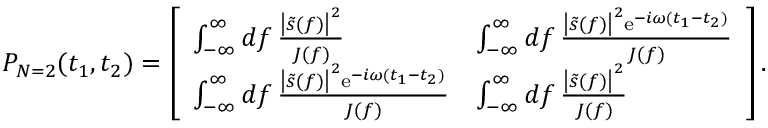
P _ { N = 2 } ( t _ { 1 } , t _ { 2 } ) = \left[ \begin{array} { l l } { \int _ { - \infty } ^ { \infty } \mathop { d f } \frac { \left| \tilde { s } ( f ) \right| ^ { 2 } } { J ( f ) } } & { \int _ { - \infty } ^ { \infty } \mathop { d f } \frac { \left| \tilde { s } ( f ) \right| ^ { 2 } \mathrm { e } ^ { - i \omega ( t _ { 1 } - t _ { 2 } ) } } { J ( f ) } } \\ { \int _ { - \infty } ^ { \infty } \mathop { d f } \frac { \left| \tilde { s } ( f ) \right| ^ { 2 } \mathrm { e } ^ { - i \omega ( t _ { 1 } - t _ { 2 } ) } } { J ( f ) } } & { \int _ { - \infty } ^ { \infty } \mathop { d f } \frac { \left| \tilde { s } ( f ) \right| ^ { 2 } } { J ( f ) } } \end{array} \right] .